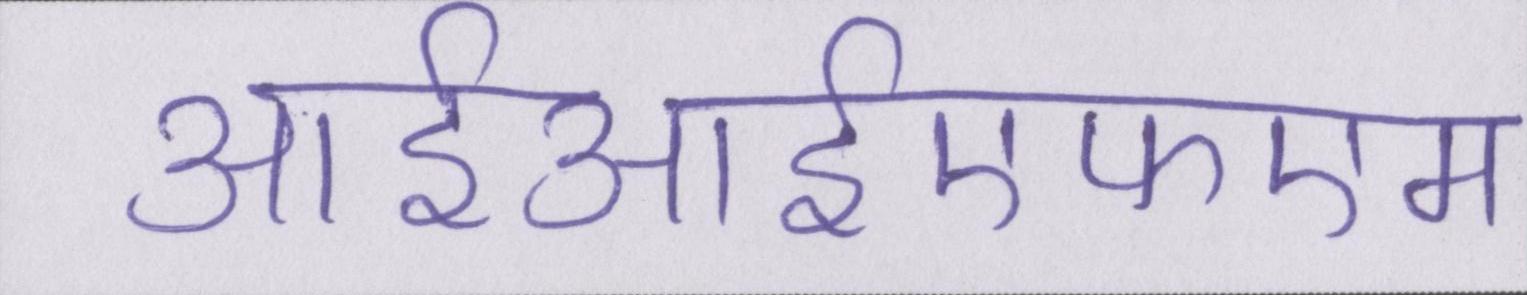
आईआईएफएम